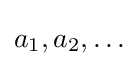
a_{1},a_{2},\ldots